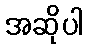
အဆိုပါ